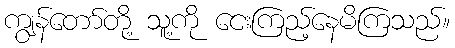
ကျွန်တော်တို့ သူ့ကို ငေးကြည့်နေမိကြသည်။